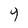
Character: 4